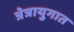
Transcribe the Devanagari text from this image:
त्रेत्रायुगात